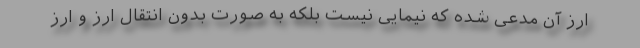
ارز آن مدعی شده که نیمایی نیست بلکه به صورت بدون انتقال ارز و ارز